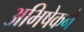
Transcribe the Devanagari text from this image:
अभिषेकने